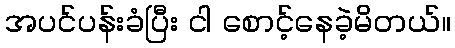
အပင်ပန်းခံပြီး ငါ စောင့်နေခဲ့မိတယ်။